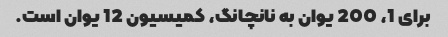
برای 1، 200 یوان به نانچانگ، کمیسیون 12 یوان است.